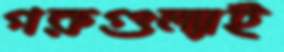
গরুগুল্যাই